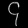
Digit: ၄